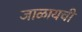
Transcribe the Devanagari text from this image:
जाळायची